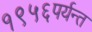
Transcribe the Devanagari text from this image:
१९५६पर्यन्त